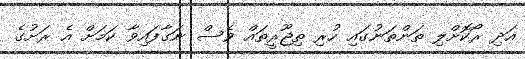
އަދި ރޯކޮށްލި ތަންތަނުގައި ހުރި ތިޖޫރީތައް ވެސް ނަގާފައިވާ ކަމަށް އެ ރަށުގެ